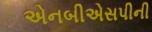
એનબીએસપીની